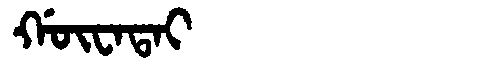
Manchu: ᡤᡡᠸᠠᡨᠠᡳ
Romanization: GŪWATAI